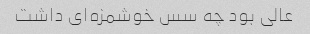
عالی بود چه سس خوشمزه‌ای داشت